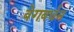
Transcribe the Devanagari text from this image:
वेगवर्धन